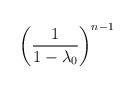
LaTeX: \begin{align*}\left ( {1\over 1-\lambda_0}\right )^{n-1}\end{align*}